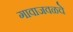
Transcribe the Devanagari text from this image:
गावाजवळचे